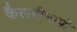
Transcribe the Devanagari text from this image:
कैलरीमापी